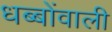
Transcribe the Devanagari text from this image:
धब्बोंवाली